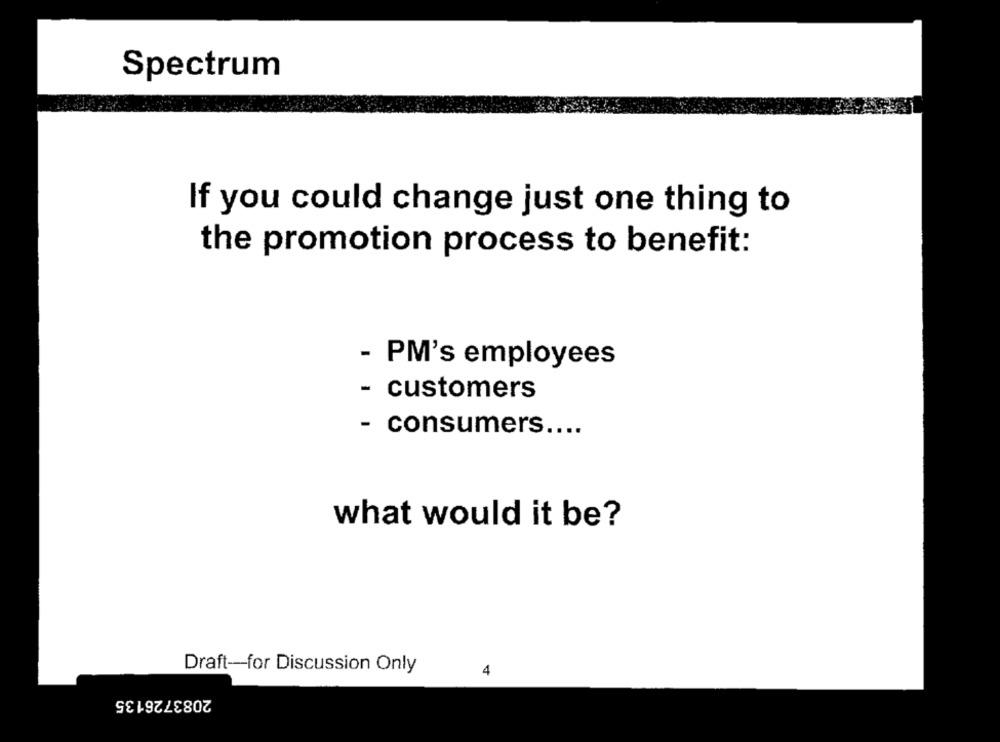
Spectrum
If you could change just one thing to
the promotion process to benefit:
- PM's employees
- customers
- consumers ....
what would it be?
Draft-for Discussion Only
4
2083726135